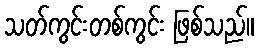
သတ်ကွင်းတစ်ကွင်း ဖြစ်သည်။